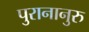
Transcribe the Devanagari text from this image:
पुरानानुरु